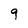
Character: 9